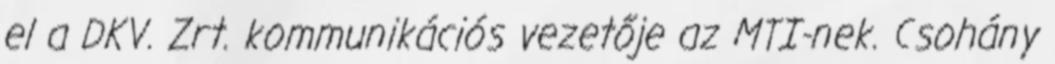
el a DKV. Zrt. kommunikációs vezetője az MTI-nek. Csohány